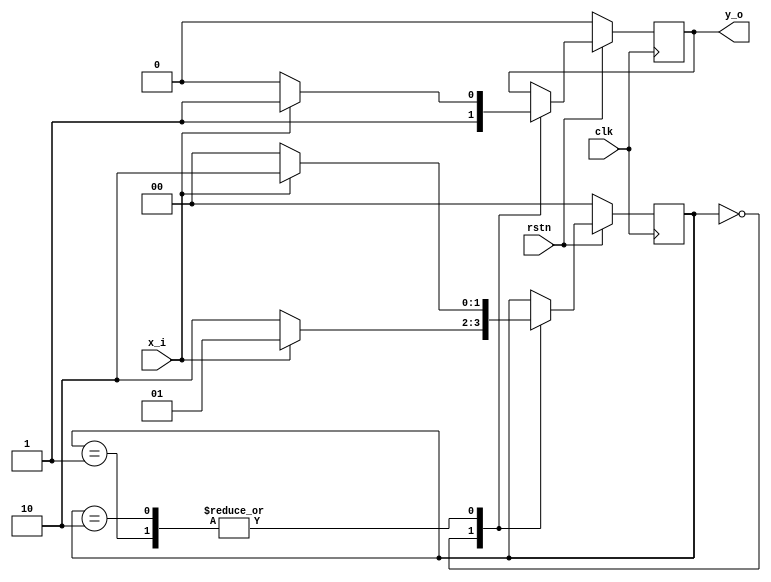
module fsm_mealy
(
input clk,
input rstn,
input x_i,
output reg y_o
);

reg [1:0] state;

localparam S0 = 2'b00;
localparam S1 = 2'b01;
localparam S2 = 2'b10;

always @(posedge clk) begin
    if (!rstn) begin
        state   <= S0;
        y_o     <= 0;
    end else begin
        case (state)
            S0 : begin                                
                if (!x_i) begin
                    y_o     <= 1; 
                    state   <= S2;                    
                end else begin
                    y_o     <= 1; 
                    state   <= S1;                    
                end
            end
            S1 : begin                
                if (!x_i) begin
                    state   <= S0;
                    y_o     <= 0;
                end else begin
                    state   <= S2;
                    y_o     <= 1;
                end   
            end         
            S2 : begin                 
                if (!x_i) begin
                    state   <= S0;
                    y_o     <= 0;
                end else begin
                    state   <= S2;
                    y_o     <= 1;
                end   
            end                     
            default: begin
                
            end
        endcase
    end
    
end

endmodule